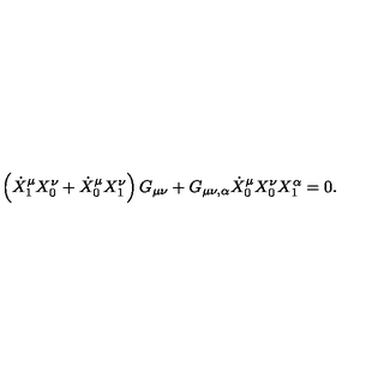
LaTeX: \left( \dot { X } _ { 1 } ^ { \mu } X _ { 0 } ^ { \nu } + \dot { X } _ { 0 } ^ { \mu } X _ { 1 } ^ { \nu } \right) G _ { \mu \nu } + G _ { \mu \nu , \alpha } \dot { X } _ { 0 } ^ { \mu } X _ { 0 } ^ { \nu } X _ { 1 } ^ { \alpha } = 0 .